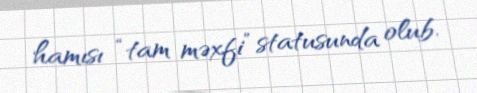
hamısı “tam məxfi” statusunda olub.